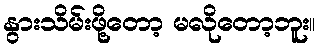
နွားသိမ်းဖို့တော့ မလိုတော့ဘူး။